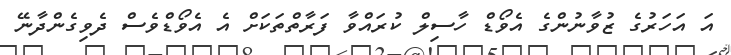
އަ އަހަރުގެ ޒުވާނުންގެ އެވޯޑް ހާސިލް ކުރައްވާ ފަރާތްތަކަށް އެ އެވޯޑްވެސް ދެވިގެންދާނޭ